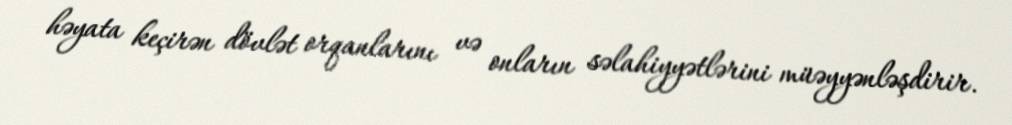
həyata keçirən dövlət orqanlarını və onların səlahiyyətlərini müəyyənləşdirir.